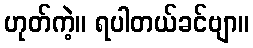
ဟုတ်ကဲ့။ ရပါတယ်ခင်ဗျာ။